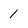
Character: 1